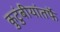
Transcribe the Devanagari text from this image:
कुटुंबीयांतर्फे